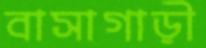
বাসাগাড়ী